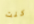
كنت